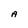
Character: A